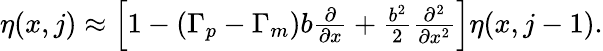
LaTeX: \begin{array}{r}{\eta(x,j)\approx\left[1-(\Gamma_{p}-\Gamma_{m})b\frac{\partial}{\partial x}+\frac{b^{2}}{2}\frac{\partial^{2}}{\partial x^{2}}\right]\eta(x,j-1).}\end{array}